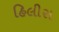
હિલીસ